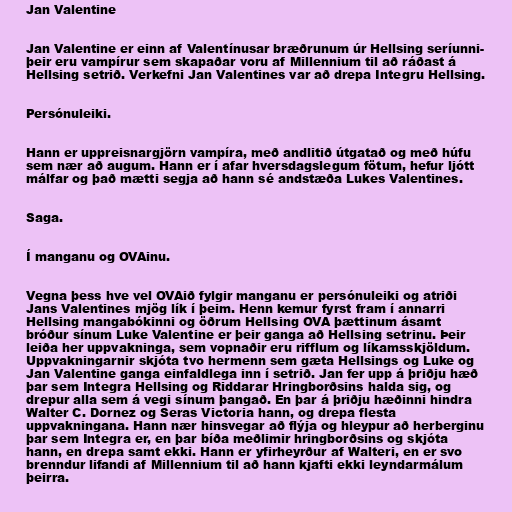
Jan Valentine

Jan Valentine er einn af Valentínusar bræðrunum úr Hellsing seríunni-
þeir eru vampírur sem skapaðar voru af Millennium til að ráðast á
Hellsing setrið. Verkefni Jan Valentines var að drepa Integru Hellsing.

Persónuleiki.

Hann er uppreisnargjörn vampíra, með andlitið útgatað og með húfu
sem nær að augum. Hann er í afar hversdagslegum fötum, hefur ljótt
málfar og það mætti segja að hann sé andstæða Lukes Valentines.

Saga.

Í manganu og OVAinu.

Vegna þess hve vel OVAið fylgir manganu er persónuleiki og atriði
Jans Valentines mjög lík í þeim. Henn kemur fyrst fram í annarri
Hellsing mangabókinni og öðrum Hellsing OVA þættinum ásamt
bróður sínum Luke Valentine er þeir ganga að Hellsing setrinu. Þeir
leiða her uppvakninga, sem vopnaðir eru rifflum og líkamsskjöldum.
Uppvakningarnir skjóta tvo hermenn sem gæta Hellsings og Luke og
Jan Valentine ganga einfaldlega inn í setrið. Jan fer upp á þriðju hæð
þar sem Integra Hellsing og Riddarar Hringborðsins halda sig, og
drepur alla sem á vegi sínum þangað. En þar á þriðju hæðinni hindra
Walter C. Dornez og Seras Victoria hann, og drepa flesta
uppvakningana. Hann nær hinsvegar að flýja og hleypur að herberginu
þar sem Integra er, en þar bíða meðlimir hringborðsins og skjóta
hann, en drepa samt ekki. Hann er yfirheyrður af Walteri, en er svo
brenndur lifandi af Millennium til að hann kjafti ekki leyndarmálum
þeirra.